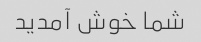
شما خوش آمدید